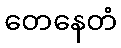
တေနေတံ